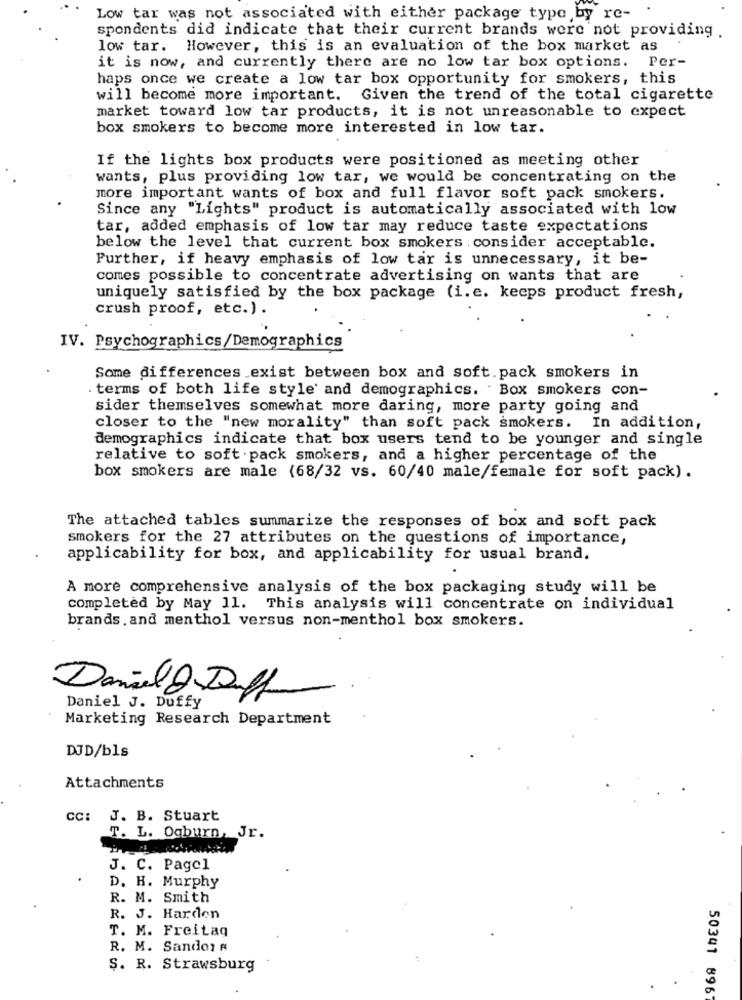
Low tar was not associated with either package type by re-
spondents did indicate that their current brands were not providing .
low tar. However, this is an evaluation of the box market as
it is now, and currently there are no low tar box options. Per-
haps once we create a low tar box opportunity for smokers, this
will become more important. Given the trend of the total cigarette
market toward low tar products, it is not unreasonable to expect
box smokers to become more interested in low tar.
If the lights box products were positioned as meeting other
wants, plus providing low tar, we would be concentrating on the
more important wants of box and full flavor soft pack smokers.
Since any "Lights" product is automatically associated with low
tar, added emphasis of low tar may reduce taste expectations
below the level that current box smokers consider acceptable.
Further, if heavy emphasis of low tar is unnecessary, it be-
comes possible to concentrate advertising on wants that are
uniquely satisfied by the box package (i. e. keeps product fresh,
crush proof, etc.) .
IV. Psychographics/Demographics
Some differences exist between box and soft. pack smokers in
. terms of both life style and demographics. . Box smokers con-
sider themselves somewhat more daring, more party going and
closer to the "new morality" than soft pack smokers. In addition,
demographics indicate that box users tend to be younger and single
relative to soft . pack smokers, and a higher percentage of the
box smokers are male (68/32 vs. 60/40 male/female for soft pack).
The attached tables summarize the responses of box and soft pack
smokers for the 27 attributes on the questions of importance,
applicability for box, and applicability for usual brand.
A more comprehensive analysis of the box packaging study will be
completed by May 11. This analysis will concentrate on individual
brands. and menthol versus non-menthol box smokers.
Daniel & Duff
-..
Daniel J. Duffy
Marketing Research Department
DJD/bls
Attachments
CC: J. B. Stuart
T. L. Ogburn, Jr.
J. C. Pagel
D. H. Murphy
R. M. Smith
R. J. Harden
T. M. Freitag
R. M. Sandor
S. R. Strawsburg
50341 896